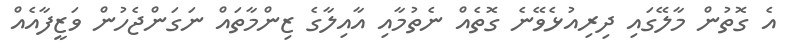
އެ ގޮތުން މާލޭގައި ދިރިއުޅެވޭނެ ގޮތެއް ނެތުމާއި އާއިލާގެ ޒިންމާތައް ނަގަންޖެހުން ވަޒީފާއެއް